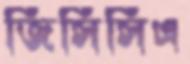
জিসিসিএ